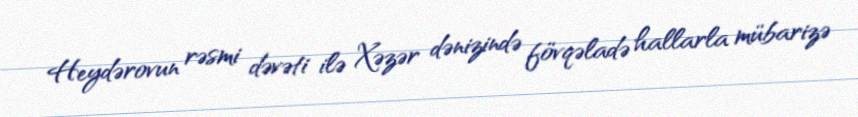
Heydərovun rəsmi dəvəti ilə Xəzər dənizində fövqəladə hallarla mübarizə